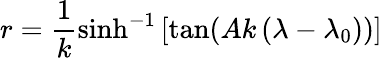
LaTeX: r=\frac{1}{k}\textrm{sinh}^{-1}\left[\textrm{tan}(Ak\left(\lambda-\lambda_{0})\right)\right]